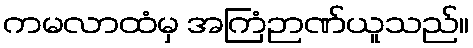
ကမလာထံမှ အကြံဉာဏ်ယူသည်။